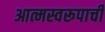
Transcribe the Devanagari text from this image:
आत्मस्वरूपाची